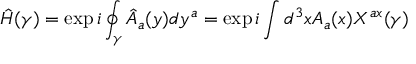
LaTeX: { \hat { H } } ( \gamma ) = \exp { i \oint _ { \gamma } { \hat { A } } _ { a } ( y ) d y ^ { a } } = \exp { i \int d ^ { 3 } x A _ { a } ( x ) X ^ { a x } ( \gamma ) }